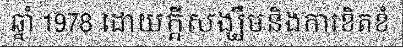
ឆ្នាំ 1978 ដោយក្តីសង្ឃឹមនិងការខិតខំ